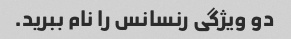
دو ویژگی رنسانس را نام ببرید.